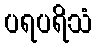
ပရပရိသံ